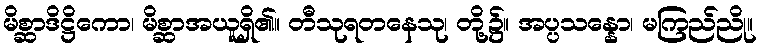
မိစ္ဆာဒိဋ္ဌိကော၊ မိစ္ဆာအယူရှိ၏။ တီသုရတနေသု၊ တို့၌။ အပ္ပသန္နော၊ မကြည်ညို။